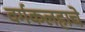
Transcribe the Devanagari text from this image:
वर्गकलहाचे